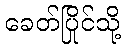
ခေတ်ပြိုင်သို့